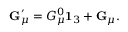
{ \bf G } _ { \mu } ^ { \prime } = G _ { \mu } ^ { 0 } { \bf 1 } _ { 3 } + { \bf G } _ { \mu } .